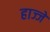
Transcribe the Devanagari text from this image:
हाज्जे